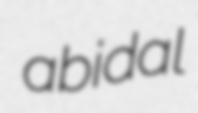
abidal